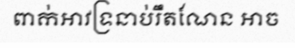
ពាក់អាវទ្រនាប់រឹតណែន អាច